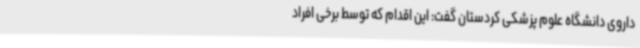
داروی دانشگاه علوم پزشکی کردستان گفت: این اقدام که توسط برخی افراد